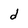
Character: d